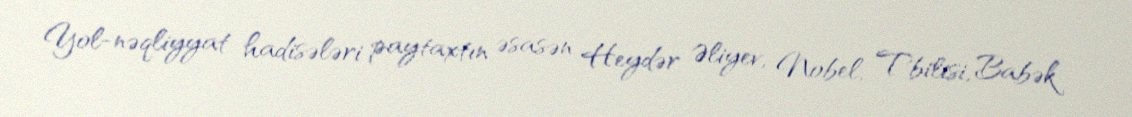
Yol-nəqliyyat hadisələri paytaxtın əsasən Heydər Əliyev, Nobel, Tbilisi, Babək